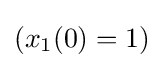
\left(x_{1}(0)=1\right)